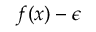
f ( x ) - \epsilon